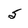
Character: 5